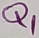
Text: Q1